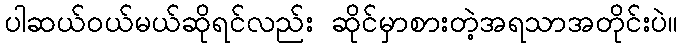
ပါဆယ်ဝယ်မယ်ဆိုရင်လည်း ဆိုင်မှာစားတဲ့အရသာအတိုင်းပဲ။